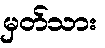
မှတ်သား